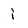
Character: i